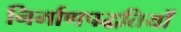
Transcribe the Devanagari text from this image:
निर्माणपद्धतियों